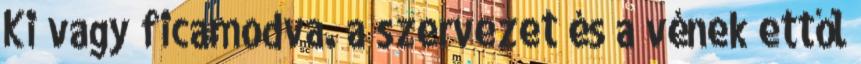
Ki vagy ficamodva. a szervezet és a vének ettől